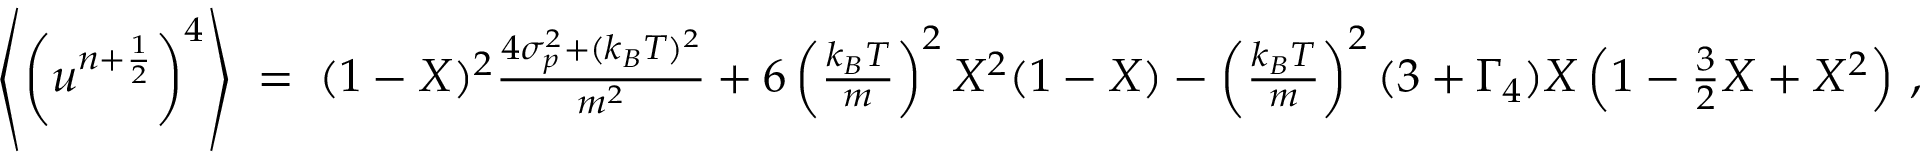
\begin{array} { r l r } & { } & { \left\langle \left( u ^ { n + \frac { 1 } { 2 } } \right) ^ { 4 } \right\rangle \; = \; ( 1 - X ) ^ { 2 } \frac { 4 \sigma _ { p } ^ { 2 } + ( k _ { B } T ) ^ { 2 } } { m ^ { 2 } } + 6 \left( \frac { k _ { B } T } { m } \right) ^ { 2 } X ^ { 2 } ( 1 - X ) - \left( \frac { k _ { B } T } { m } \right) ^ { 2 } ( 3 + \Gamma _ { 4 } ) X \left( 1 - \frac { 3 } { 2 } X + X ^ { 2 } \right) \, , } \end{array}